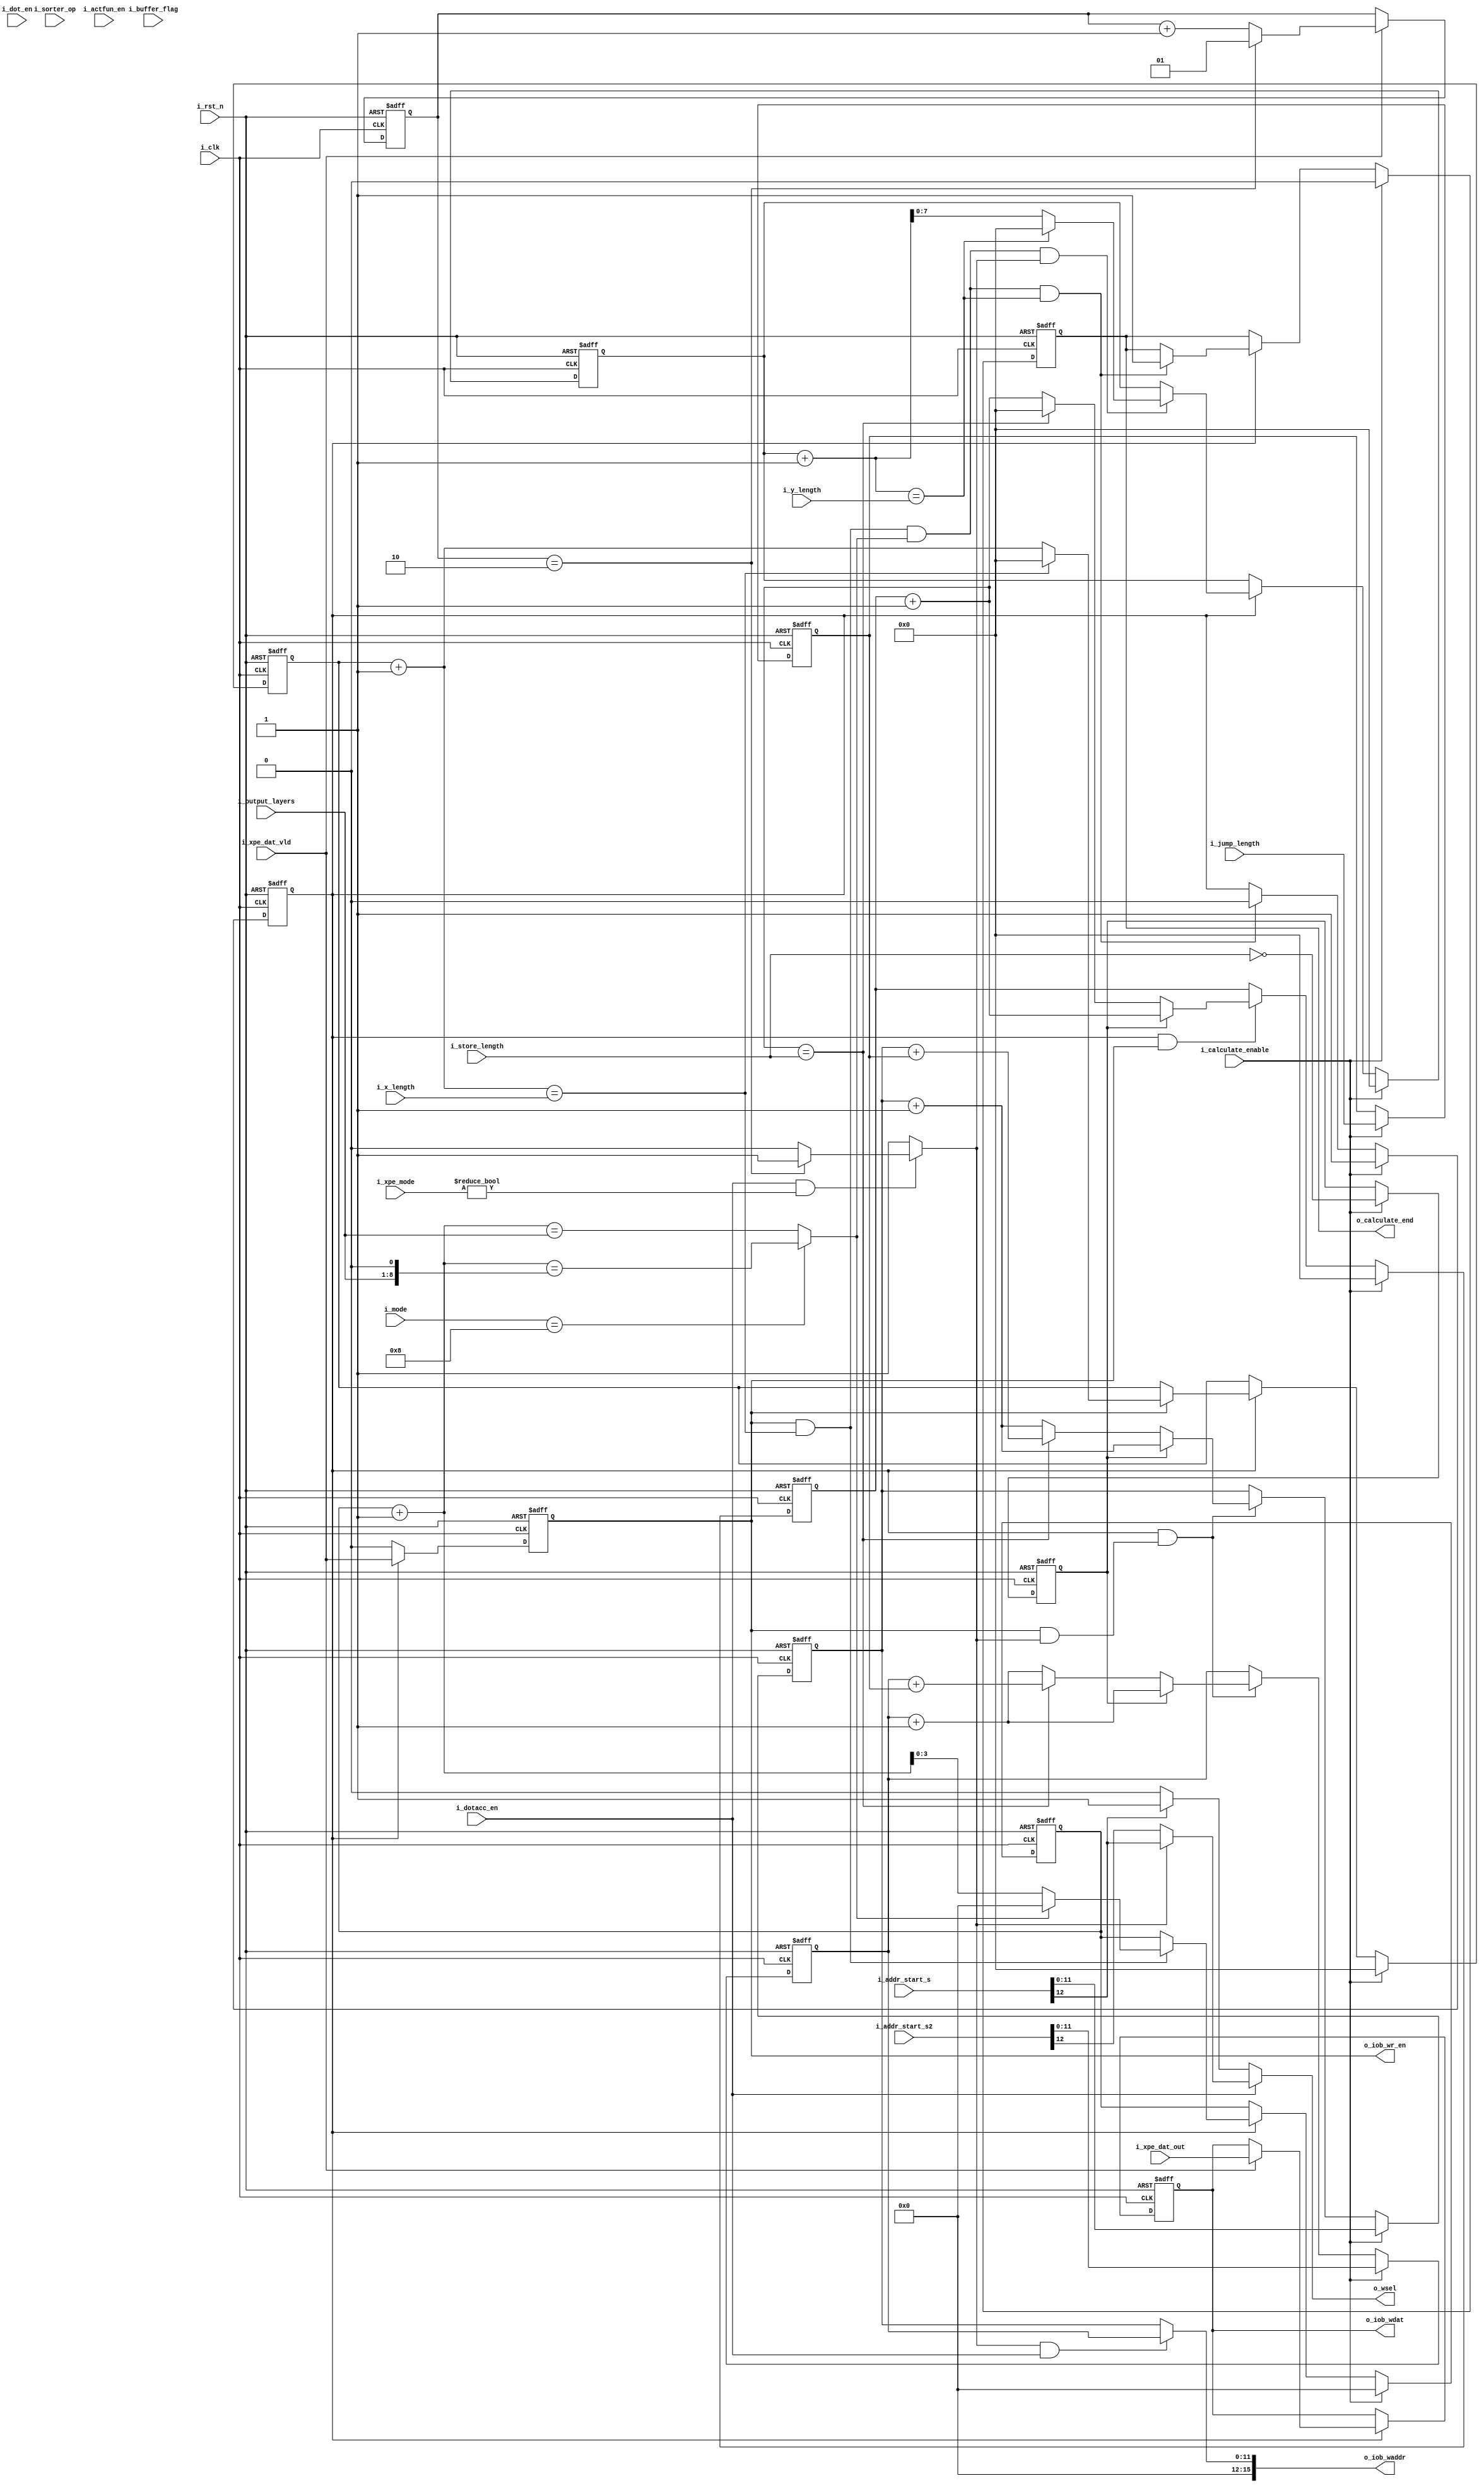
`timescale 1ns / 1ps
//////////////////////////////////////////////////////////////////////////////////
// Company: 
// Engineer: 
// 
// Design Name: 
// Module Name: OAGU
// Project Name: 
// Target Devices: 
// Tool Versions: 
// Description: 
// 
// Dependencies: 
// 
// Revision:
// Revision 0.01 - File Created
// Additional Comments:
// 
//////////////////////////////////////////////////////////////////////////////////
module OAGU(
    input i_clk  ,
    input i_rst_n,

    input i_calculate_enable   ,
    input i_sorter_op          ,
    input i_actfun_en,
    input i_dot_en,
    input i_dotacc_en,
    input [7:0] i_output_layers, 
    input [7:0] i_x_length     ,
    input [7:0] i_y_length     ,
    input [15:0] i_addr_start_s, 
    input [15:0] i_addr_start_s2,
    input [255:0] i_xpe_dat_out,
    input i_xpe_dat_vld        ,
    input [7:0] i_store_length ,
    input [7:0] i_jump_length  ,
    input [1:0] i_buffer_flag,
    input [3:0] i_mode,
    input [1:0] i_xpe_mode,

    output [15:0]o_iob_waddr,
    output o_iob_wr_en      ,
    output o_calculate_end  ,
    output o_wsel,
    output [255:0]o_iob_wdat
);

    parameter PARA_MODE_CONV=4'd1;  
    parameter PARA_MODE_POOL=4'd4;
    parameter PARA_MODE_FC=  4'd2;
    parameter PARA_MODE_ADD=4'd3;
    parameter PARA_MODE_ACC=4'd5;
    parameter PARA_MODE_MATRIX= 4'd6;
    parameter PARA_MODE_DOT=    4'd7;
    parameter PARA_MODE_DOT_ACC=4'd8;
    //------------------------------------------------------------------------------
    reg r_OutEn;
    reg [7:0] r_StoreCnt, r_JumpLength;
    reg [11:0] r_IOB_WAddr;
    reg [11:0] r_IOB_WAddr2;
    reg [255:0] r_IOB_Wdat;
    reg r_bDontJump;
    wire c_JumpEn;
    wire c_bDontJmump;
    reg r_IOB_WrEn;
    reg r_AGUEndf;
    wire c_AGUEndf;

    reg [3:0] r_PieceCnt;
    reg [7:0] r_YLengthCnt;
    reg [7:0] r_XLengthCnt;
    
    wire  c_continue_en;
    reg [1:0] r_swich_en;
    
     always@(posedge i_clk or negedge i_rst_n) begin
        if (!i_rst_n)
            r_swich_en <= 1'd0;
        else if (i_xpe_dat_vld) begin
             if(r_swich_en == 2'b10) 
              r_swich_en <= 2'b1;
              else
              r_swich_en <= r_swich_en + 2'b1;            
            end
        else r_swich_en <= r_swich_en;
    end
    
assign c_continue_en = (i_dotacc_en && i_xpe_mode != 2'b0) ? (r_swich_en == 2'b10 ? 1'b1 : 1'b0) : 1'b1;
   
    
    always@(posedge i_clk or negedge i_rst_n) begin
        if (!i_rst_n)
            r_OutEn <= 1'd0;
        else if (i_calculate_enable)
            r_OutEn <= 1'd1;
        else if (c_AGUEndf)
            r_OutEn <= 1'd0;
        else
            r_OutEn <= r_OutEn;
    end

    always@(posedge i_clk or negedge i_rst_n) begin
        if (!i_rst_n) begin
            //r_StoreLength <= 8'd0;
            r_JumpLength  <= 8'd0;
        end else if (i_calculate_enable) begin
           // r_StoreLength <= i_store_length;
            r_JumpLength  <= i_jump_length;
        end else begin
            //r_StoreLength <= r_StoreLength;
            r_JumpLength  <= r_JumpLength;
        end
    end

    always@(posedge i_clk or negedge i_rst_n) begin
        if (!i_rst_n) begin
            r_IOB_WAddr <= 12'd0;
            r_IOB_WAddr2 <= 12'd0;
            end
        else if (i_calculate_enable) begin
            r_IOB_WAddr <= i_addr_start_s;
            r_IOB_WAddr2 <= i_addr_start_s2;
            end
        else if (r_OutEn && r_IOB_WrEn & c_continue_en)
            if (r_bDontJump)begin
                r_IOB_WAddr <= r_IOB_WAddr + 12'd1;
                 r_IOB_WAddr2 <= r_IOB_WAddr2 + 12'd1;
            end    
            else if (c_JumpEn) begin
                r_IOB_WAddr <= r_IOB_WAddr + r_JumpLength;
                r_IOB_WAddr2 <= r_IOB_WAddr2 + r_JumpLength;
                end
            else begin
                r_IOB_WAddr <= r_IOB_WAddr + 12'd1;
                 r_IOB_WAddr2 <= r_IOB_WAddr2 + 12'd1;
                end
        else
            r_IOB_WAddr <= r_IOB_WAddr;
            // r_IOB_WAddr2 <= r_IOB_WAddr2;
    end

    //assign c_bDontJmump = (r_StoreLength == 8'd0);
    assign c_JumpEn = (r_StoreCnt + 8'd1 == i_store_length);

    always@(posedge i_clk or negedge i_rst_n) begin
        if (!i_rst_n)
            r_bDontJump <= 1'd0;
        else if (i_calculate_enable)
            r_bDontJump <= (i_store_length == 8'd0);
        else 
            r_bDontJump <= r_bDontJump;
    end

    always@(posedge i_clk or negedge i_rst_n) begin
        if (!i_rst_n)
            r_StoreCnt <= 8'd0;
        else if (i_calculate_enable)
            r_StoreCnt <= 8'd0;
        else if (r_OutEn&&r_IOB_WrEn)
            if (!r_bDontJump)
                if (c_JumpEn)
                    r_StoreCnt<= 8'd0;
                else
                    r_StoreCnt <= r_StoreCnt + 8'd1;
            else
                r_StoreCnt <= r_StoreCnt + 8'd1;
        else
            r_StoreCnt <= r_StoreCnt;
    end

    always@(posedge i_clk or negedge i_rst_n) begin
        if (!i_rst_n)
            r_IOB_WrEn <= 1'd0;
        else if (r_OutEn)
            r_IOB_WrEn <= i_xpe_dat_vld;
        else
            r_IOB_WrEn <= 1'd0;
    end
    
    always@(posedge i_clk or negedge i_rst_n) begin
        if (!i_rst_n)
            r_IOB_Wdat <= 256'd0;
        else if (r_OutEn)
            if (i_xpe_dat_vld)
                r_IOB_Wdat <= i_xpe_dat_out;
            else
                r_IOB_Wdat<=r_IOB_Wdat;
        else
            r_IOB_Wdat <= r_IOB_Wdat;
    end

    //output end control
    wire c_XEnd, c_YEnd, c_PieceEnd;
    wire [8:0] double_output_layers;
    assign c_XEnd = (r_XLengthCnt + 8'd1 == i_x_length);
    assign c_YEnd = (r_YLengthCnt + 12'd1 == i_y_length);
    assign double_output_layers = i_output_layers<<1;
    assign c_PieceEnd = (i_mode == 4'd8) ? (r_PieceCnt + 8'd1  == double_output_layers) : (r_PieceCnt + 8'd1 == i_output_layers);
    always@(posedge i_clk or negedge i_rst_n) begin
        if (!i_rst_n)
            r_XLengthCnt <= 8'd0;
        else if (i_calculate_enable)
            r_XLengthCnt <= 8'd0;
        else if (r_OutEn)
            if (r_IOB_WrEn)
                if (c_XEnd)
                    r_XLengthCnt <= 8'd0;
                else
                    r_XLengthCnt <= r_XLengthCnt + 8'd1;
            else
                r_XLengthCnt<=r_XLengthCnt;
        else
            r_XLengthCnt <= r_XLengthCnt;
    end

    always@(posedge i_clk or negedge i_rst_n) begin
        if (!i_rst_n)
            r_PieceCnt <= 8'd0;
        else if (i_calculate_enable)
            r_PieceCnt <= 8'd0;
        else if (r_OutEn)
            if (r_IOB_WrEn & c_XEnd)
                if (c_PieceEnd)
                    r_PieceCnt <= 8'd0;
                else
                    r_PieceCnt <= r_PieceCnt + 8'd1;
            else
                r_PieceCnt <= r_PieceCnt;
        else
                r_PieceCnt <= r_PieceCnt;
    end

    always@(posedge i_clk or negedge i_rst_n) begin
        if (!i_rst_n)
            r_YLengthCnt <= 12'd0;
        else if (i_calculate_enable)
            r_YLengthCnt <= 12'd0;
        else if (r_OutEn)
            if (r_IOB_WrEn & c_XEnd & c_PieceEnd & c_continue_en)
                if (c_YEnd)
                    r_YLengthCnt <= 12'd0;
                else
                    r_YLengthCnt <= r_YLengthCnt + 12'd1;
            else
                r_YLengthCnt <= r_YLengthCnt;
        else
            r_YLengthCnt <= r_YLengthCnt;
    end

    assign c_AGUEndf = r_IOB_WrEn & c_XEnd & c_PieceEnd & c_YEnd;
    always@(posedge i_clk or negedge i_rst_n) begin
        if (!i_rst_n)
            r_AGUEndf <= 1'd0;
        else if (i_calculate_enable)
            r_AGUEndf <= 1'd0;
        else if (r_OutEn)
            if (c_AGUEndf)
                r_AGUEndf <= 1'd1;
            else
                r_AGUEndf <= r_AGUEndf;
        else
            r_AGUEndf <= r_AGUEndf;
    end

    //output
    assign o_iob_waddr     = c_continue_en&&i_dotacc_en ? r_IOB_WAddr2 : r_IOB_WAddr;
    assign o_iob_wr_en     = r_IOB_WrEn;
    assign o_iob_wdat      = r_IOB_Wdat;
    assign o_calculate_end = r_AGUEndf;
    assign o_wsel_dot_acc = c_continue_en ? i_addr_start_s[12] : i_addr_start_s2[12] ;
    assign o_wsel_dot = i_addr_start_s[12] ? 1'b1 : 1'b0;
    assign o_wsel = i_dotacc_en ? o_wsel_dot_acc : (i_dot_en ? o_wsel_dot : (i_addr_start_s[12]  ? 1'b1 : 1'b0));

endmodule